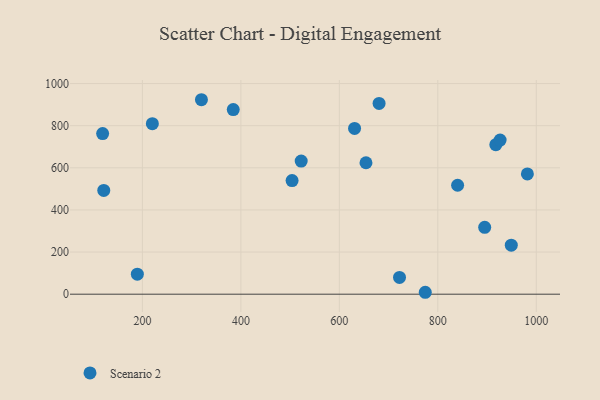
{"axis": {"x": "Ad Spend", "y": "Salary"}, "legend": ["Scenario 2"], "data": [{"x": "220.2", "y": 809.8, "type": "Scenario 2"}, {"x": "895.2", "y": 317.6, "type": "Scenario 2"}, {"x": "630.9", "y": 786.9, "type": "Scenario 2"}, {"x": "722.2", "y": 79.5, "type": "Scenario 2"}, {"x": "840.2", "y": 517.2, "type": "Scenario 2"}, {"x": "680.7", "y": 905.5, "type": "Scenario 2"}, {"x": "949.2", "y": 232.9, "type": "Scenario 2"}, {"x": "917.8", "y": 709.7, "type": "Scenario 2"}, {"x": "774.5", "y": 9.1, "type": "Scenario 2"}, {"x": "981.9", "y": 571.0, "type": "Scenario 2"}, {"x": "926.5", "y": 731.8, "type": "Scenario 2"}, {"x": "384.5", "y": 876.4, "type": "Scenario 2"}, {"x": "189.7", "y": 94.8, "type": "Scenario 2"}, {"x": "319.9", "y": 923.3, "type": "Scenario 2"}, {"x": "522.5", "y": 632.1, "type": "Scenario 2"}, {"x": "654.1", "y": 624.1, "type": "Scenario 2"}, {"x": "121.5", "y": 492.7, "type": "Scenario 2"}, {"x": "119.2", "y": 762.6, "type": "Scenario 2"}, {"x": "504.0", "y": 539.6, "type": "Scenario 2"}]}